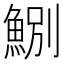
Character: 𩷤